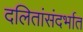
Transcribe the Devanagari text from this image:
दलितांसंदर्भात